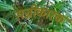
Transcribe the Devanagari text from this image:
सज्जीकारक